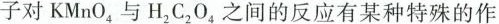
子对KMnO_{4}与H_{2}C{2}O_{4}之间的反应有某种特殊的作